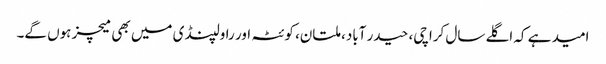
امید ہے کہ اگلے سال کراچی، حیدر آباد، ملتان، کوئٹہ اور راولپنڈی میں بھی میچز ہوں گے۔